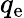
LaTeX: q_{\mathrm{e}}